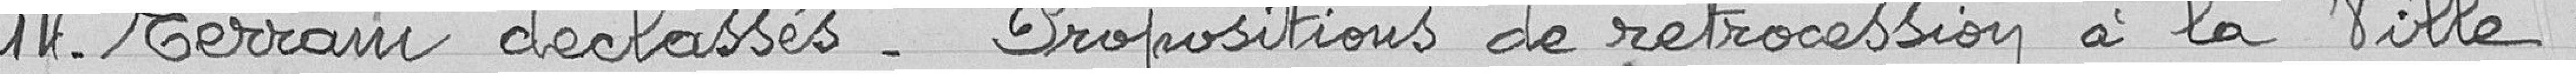
14- Terrains déclassés. Propositions de rétrocession à la Ville